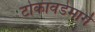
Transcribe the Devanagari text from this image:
टोकावडेमार्गे